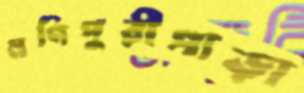
মণিপুরীপাড়া